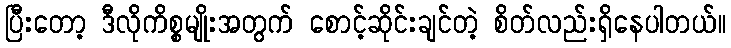
ပြီးတော့ ဒီလိုကိစ္စမျိုးအတွက် စောင့်ဆိုင်းချင်တဲ့ စိတ်လည်းရှိနေပါတယ်။